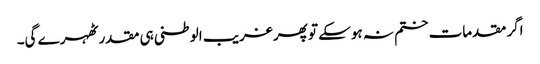
اگر مقدمات ختم نہ ہوسکے تو پھر غریب الوطنی ہی مقدر ٹھہرے گی۔